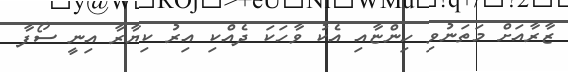
ޒާރާއަށް މަތަނުވި ހިންޏާއި އެކު ވާހަކަ ދެއްކި އިރު ކިޔާރާ އިނީ ސޯފާ